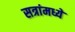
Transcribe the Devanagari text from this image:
सत्रांमध्ये